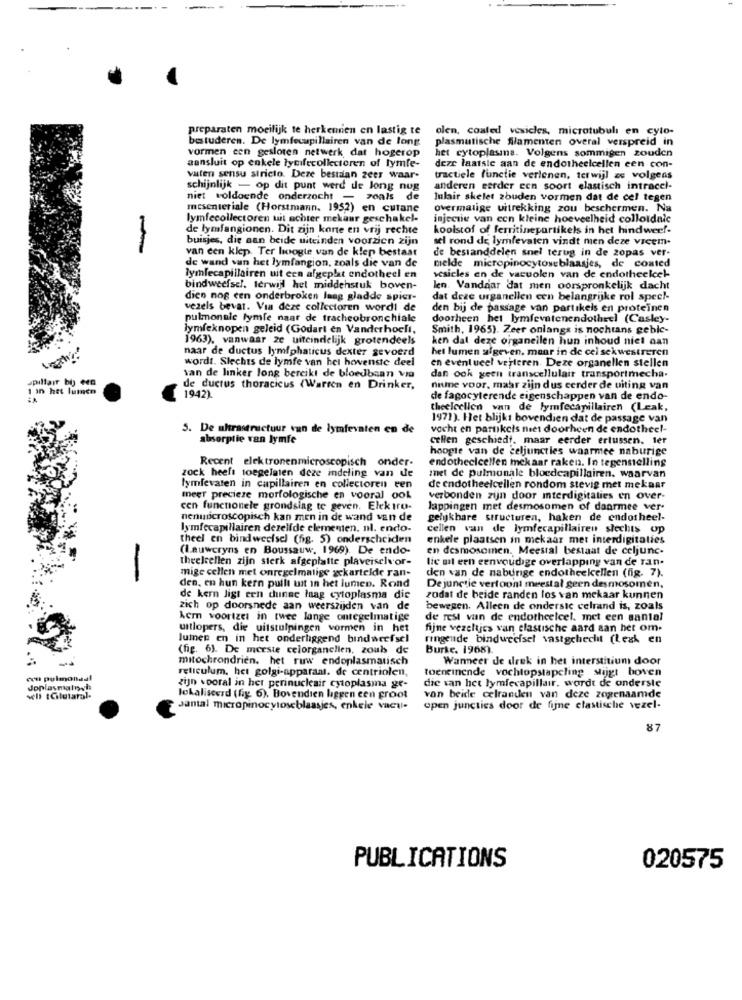
preparaten moeilijk te herkennen en lastig te olen, coated vesicles, microtubuli en cyto-
bestuderen. De lymfecapillairen van de long
plasmatische flamenten overal verspreid in
vormen een gesloten netwerk dat hogerop
het cytoplasma. Volgens sommigen zouden
aansluit op enkele lycifecollecteren of lymfe-
deze laatste aan de endotheeicellen een con-
vaten sensu stricto. Deze bestaan zeer waar-
tractiele functie verlenen, terwijl as volgens
schijnlijk - op dit punt werd de Jong nug
anderen eerder een soort elastisch intracel-
niet voldoende onderzocht - zoals de
lulair skelet zouden vormen dat de cel tegen
mesenteriale (Horstmann. 1952) en cutane
overmalige uitrekking zou beschermen. Na
lymfecollectoren uit achter mekaur geschakel-
injectie van een kleine hoeveelheid colloïdalc
de lymfangionen. Dit zijn korte en vrij rechte
koolstof of ferritinepartikels in het hindwerf-
buisjes, die aan beide uiteinden voorzien zijn
sel rond de lymfevaten vindt men deze vicem.
-
van een klep. Ter hoogte van de klep bestaat
de bestanddelen snel terug in de zopas ver-
de wand van het lymfangion, zoals die van de
melde micropinocytoseblaasjes, de coated
lymfecapillairen uit een afgeplat endotheel en
vesicles en de vacuolen van de endotheelcel-
bindweefsel. terwijl het middenstuk boven-
len. Vandaar dat men oorspronkelijk dacht
dien nog een onderbroken laag gladde spier-
dat deze organellen een belangrijke rol spec !-
vezels bevat. Via deze collectoren wordt de
den bij de passage van partikels en proteinen
pulmonale lymfe naar de tracheobronchiale
doorheen het lymfevatenendothrel (Casley-
lymfeknopen geleid (Godart en Vanderhoell,
Smith, 1965). Zeer onlangs is nochtans geble-
1963), vanwaar ze uiteindelijk grotendeels
ken dal deze organellen hun inhoud niet aan
naar de ductus lymfphaticus dexter gevoerd
het lumen afgeven. maur in de cel sek westreren
wordt. Slechts de lymfe van hel howwenste deel
en eventueel verleren. Deze organellen stellen
spillair by +40
van de linker long bereikt de bloedbaan via
dan ook geen transcellulair transportmecha.
1 in het lumen
de ductus thoracicus (Warten en Drinker,
nisme voor, maar zijn dus cerder de uiting van
1942).
de fagocyterende eigenschappen van de endo-
theeleellen van de lymfecapillairen (Leak,
1971). Het blijkt bovendien dat de passage van
5. De ultrastructuur van de lymfevaten en de
vacht en partikels niet doorheen de endotheel-
absorptie van lymfe
cellen geschiedt, maar eerder ertussen. ter
hoogte van de celjunctles waarmee naburige
Recent elektronenmicroscopisch onder-
endothecicellen mekaar raken. In tegenstelling
zock heeft toegelaten deze indeling van de
met de pulmonale bloedcapillairen. waarvan
lymfevaten in capillairen en collectoren een
de endotheelcellen rondom stevig met mekaar
meer precieze morfologische en vooral ook
verbonden zijn door iterdigitalies en over-
cen functionele grondsing te geven. Elektro.
lappingen met desmosomen of daarmee ver-
nenmicroscopisch kan men in de wand van de
gelijkhare structuren, haken de endotheel-
lymfecapillairen dezelfde elementen. nl. endo-
cellen van de lymfecapillairen slechts op
theel en bindweefsel (fig. 5) onderscheiden
enkele plaatsen in mekaar met interdigitaties
(Lauwcryns en Boussauw, 1969). De endo-
en desmosomen. Meestal bestaat de celjunc-
theelcellen zijn sterk afgeplatte plaveiselvor-
lie ul een eenvoudige overlapping van de ran.
mige cellen met onregelmatige xckartelde ran-
den van de naburige endotheelcellen (fig. 7).
-
den. en hun kern pullt uit in het lumen. Rond
Dejunctie vertoont meestal geen desmosomen.
de kern ligt een dunne laag cytoplasma die
zodat de beide randen los van mekaar kunnen
zich op doorsnede aan weerszijden van de
bewegen. Alleen de ondersic celrand is, zoals
Lern voortzet in twee lange onregelmatige
de rest van de endotheelcel. met een aantal
uitlopers, die uitstulpingen vormen in het
fijne vezeltjes van elastische aard aan het om-
lumen en in het onderliggend bindweefsel
ringende bindweefsel vastgchecht (Lesk en
(fig. 6). De meeste celorganellen, zoub de
Burke. 1968).
mitochrondrien. het ruw endoplasmatisch
Wanneer de drek in het interstitium door
reticulum, het golgi-apparaat. de centriolen,
toeneinende vochtopstapcling stijgt boven
con pulmonaal
die van het lymfecapillair, wordt de onderste
Joplasmalnyi
zijn vooral in het perinucleair cytoplasma ge-
well tCilutaral.
lokaliseerd (fig. 6). Bovendien liggen een groot
van beide celranden van deze zogenaamde
Jantal micropinocytoseblaasjes, enkele vacul-
open juncties door de fijne elastische vezel-
87
PUBLICATIONS
020575